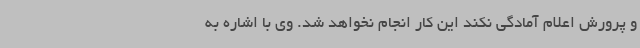
و پرورش اعلام آمادگی نکند این کار انجام نخواهد شد. وی با اشاره به